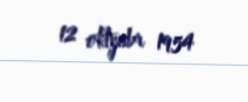
12 oktyabr 1954